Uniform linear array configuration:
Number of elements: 12
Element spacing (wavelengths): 0.25
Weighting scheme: blackman
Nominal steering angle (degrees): -15
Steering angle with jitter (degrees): -16.404
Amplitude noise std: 0.05
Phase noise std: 0.05

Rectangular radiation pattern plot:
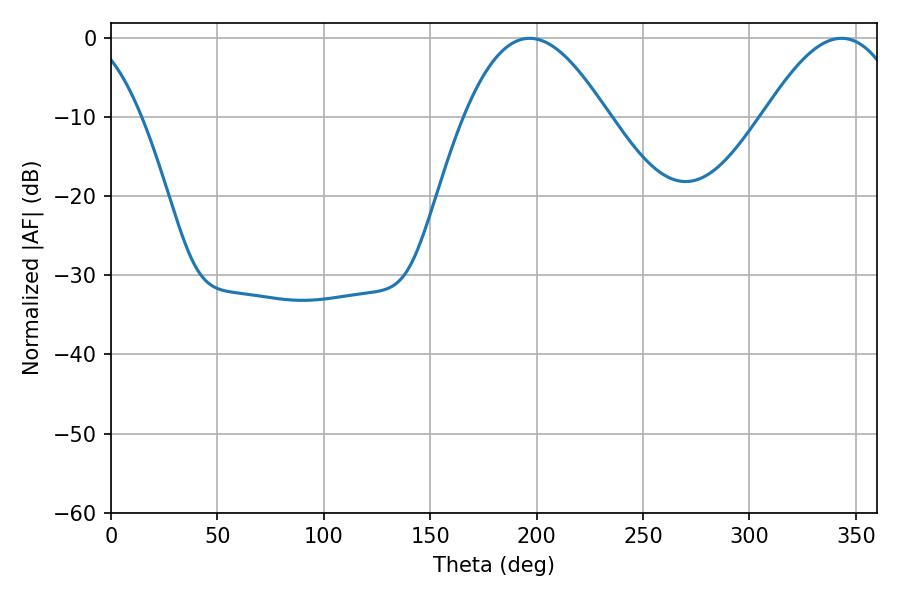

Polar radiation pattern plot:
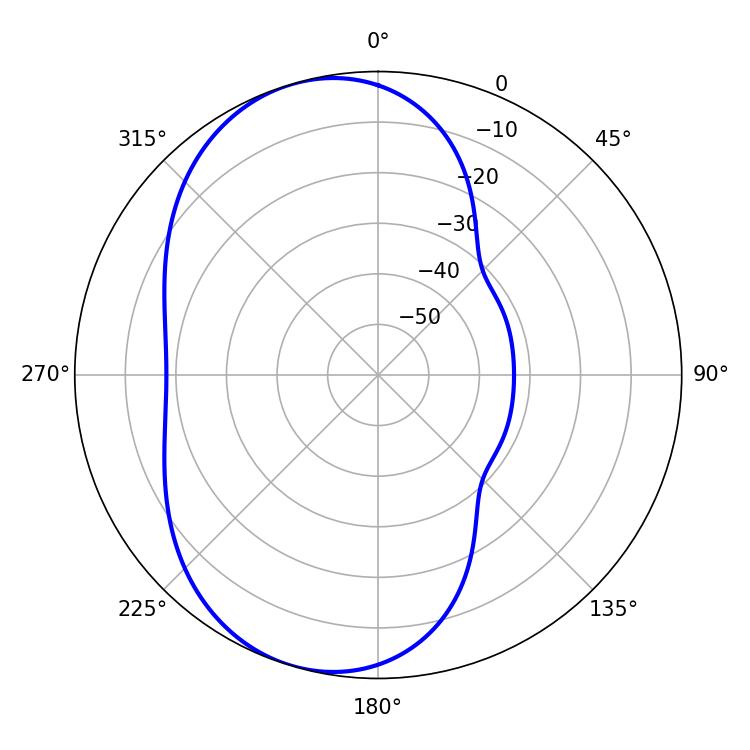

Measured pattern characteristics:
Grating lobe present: FALSE
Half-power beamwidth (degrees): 36.72
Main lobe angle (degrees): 196.74